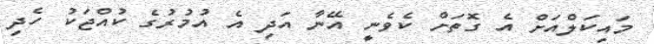
މައިކަލްއަށް އެ ގޮތަށް ކެވެނީ އޭނާ އަދި އެ އުމުރުގެ ކުއްޖަކު ހެދި